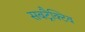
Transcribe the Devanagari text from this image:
सबट्रैक्टिव